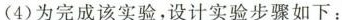
(4)为完成该实验，设计实验步骤如下：